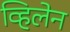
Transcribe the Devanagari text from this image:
व्हिलेन